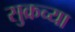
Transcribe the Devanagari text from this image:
सुक्रच्या